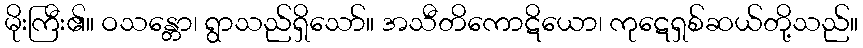
မိုးကြီး၏။ ဝသန္တော၊ ရွာသည်ရှိသော်။ အသီတိကောဋိယော၊ ကုဋေရှစ်ဆယ်တို့သည်။